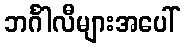
ဘင်္ဂါလီများအပေါ်